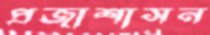
প্রজাশাসন